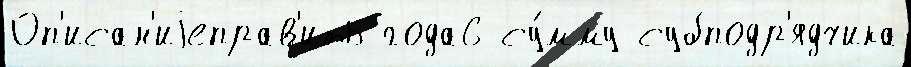
Оп'исан'иjеправ'ить года6 су́мму субподр'ядчика